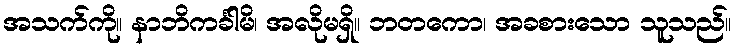
အသက်ကို။ နာဘိကင်္ခါမိ၊ အလိုမရှိ။ ဘတကော၊ အခစားသော သူသည်။